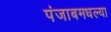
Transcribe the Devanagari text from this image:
पंजाबमधल्या